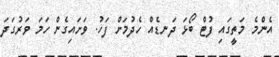
އެންމެ މަތީގައި ފުޓް ބޯޅަ ދަނޑެއް ހެދުމަށް ފަހު. ވަށައިގެން ހަމަ ވަރުގަދަ